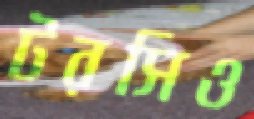
টরসিও